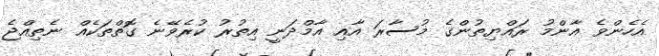
އެހެންވެ އާންމު ރައްޔިތުންގެ މުސާރަ އާއި އާމްދަނީ އިތުރު ކުރެވޭނެ ގޮތްތަކެއް ނެތިއްޖެ